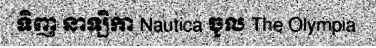
ទិញ នាឡិកា Nautica ចូល The Olympia